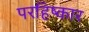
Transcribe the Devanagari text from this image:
परहिष्कार